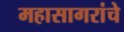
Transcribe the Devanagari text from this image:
महासागरांचे